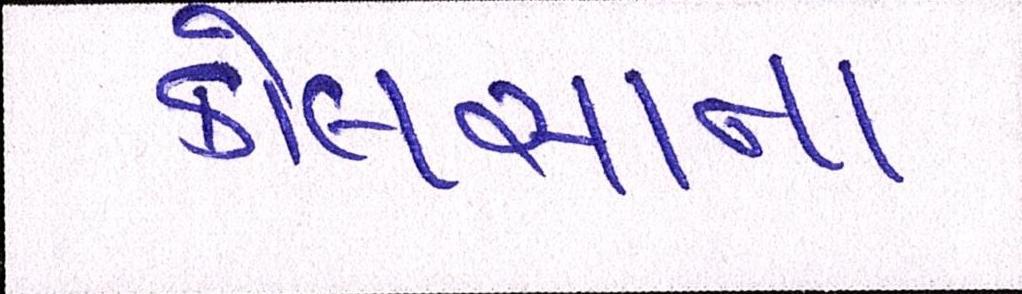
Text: કોલસાના